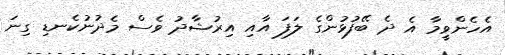
އެހެންވީމާ އެ ދެ ބޭފުޅުންގެ ލަފަ އާއި އިރުޝާދު ވެސް މެދުނުކެނޑި ގިނަ